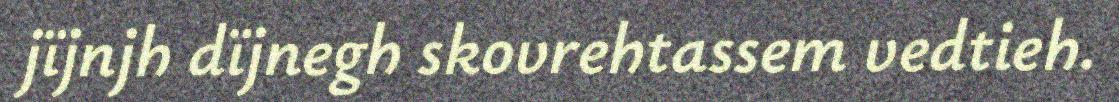
jïjnjh dïjnegh skovrehtassem vedtieh.